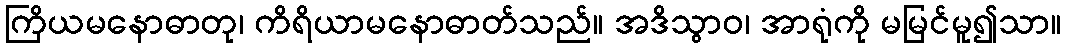
ကြိယမနောဓာတု၊ ကိရိယာမနောဓာတ်သည်။ အဒိသွာဝ၊ အာရုံကို မမြင်မူ၍သာ။